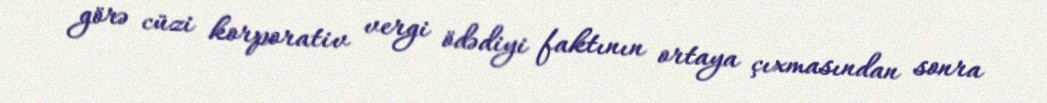
görə cüzi korporativ vergi ödədiyi faktının ortaya çıxmasından sonra